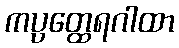
ကပ္ပတ္ထေရဂါထာ